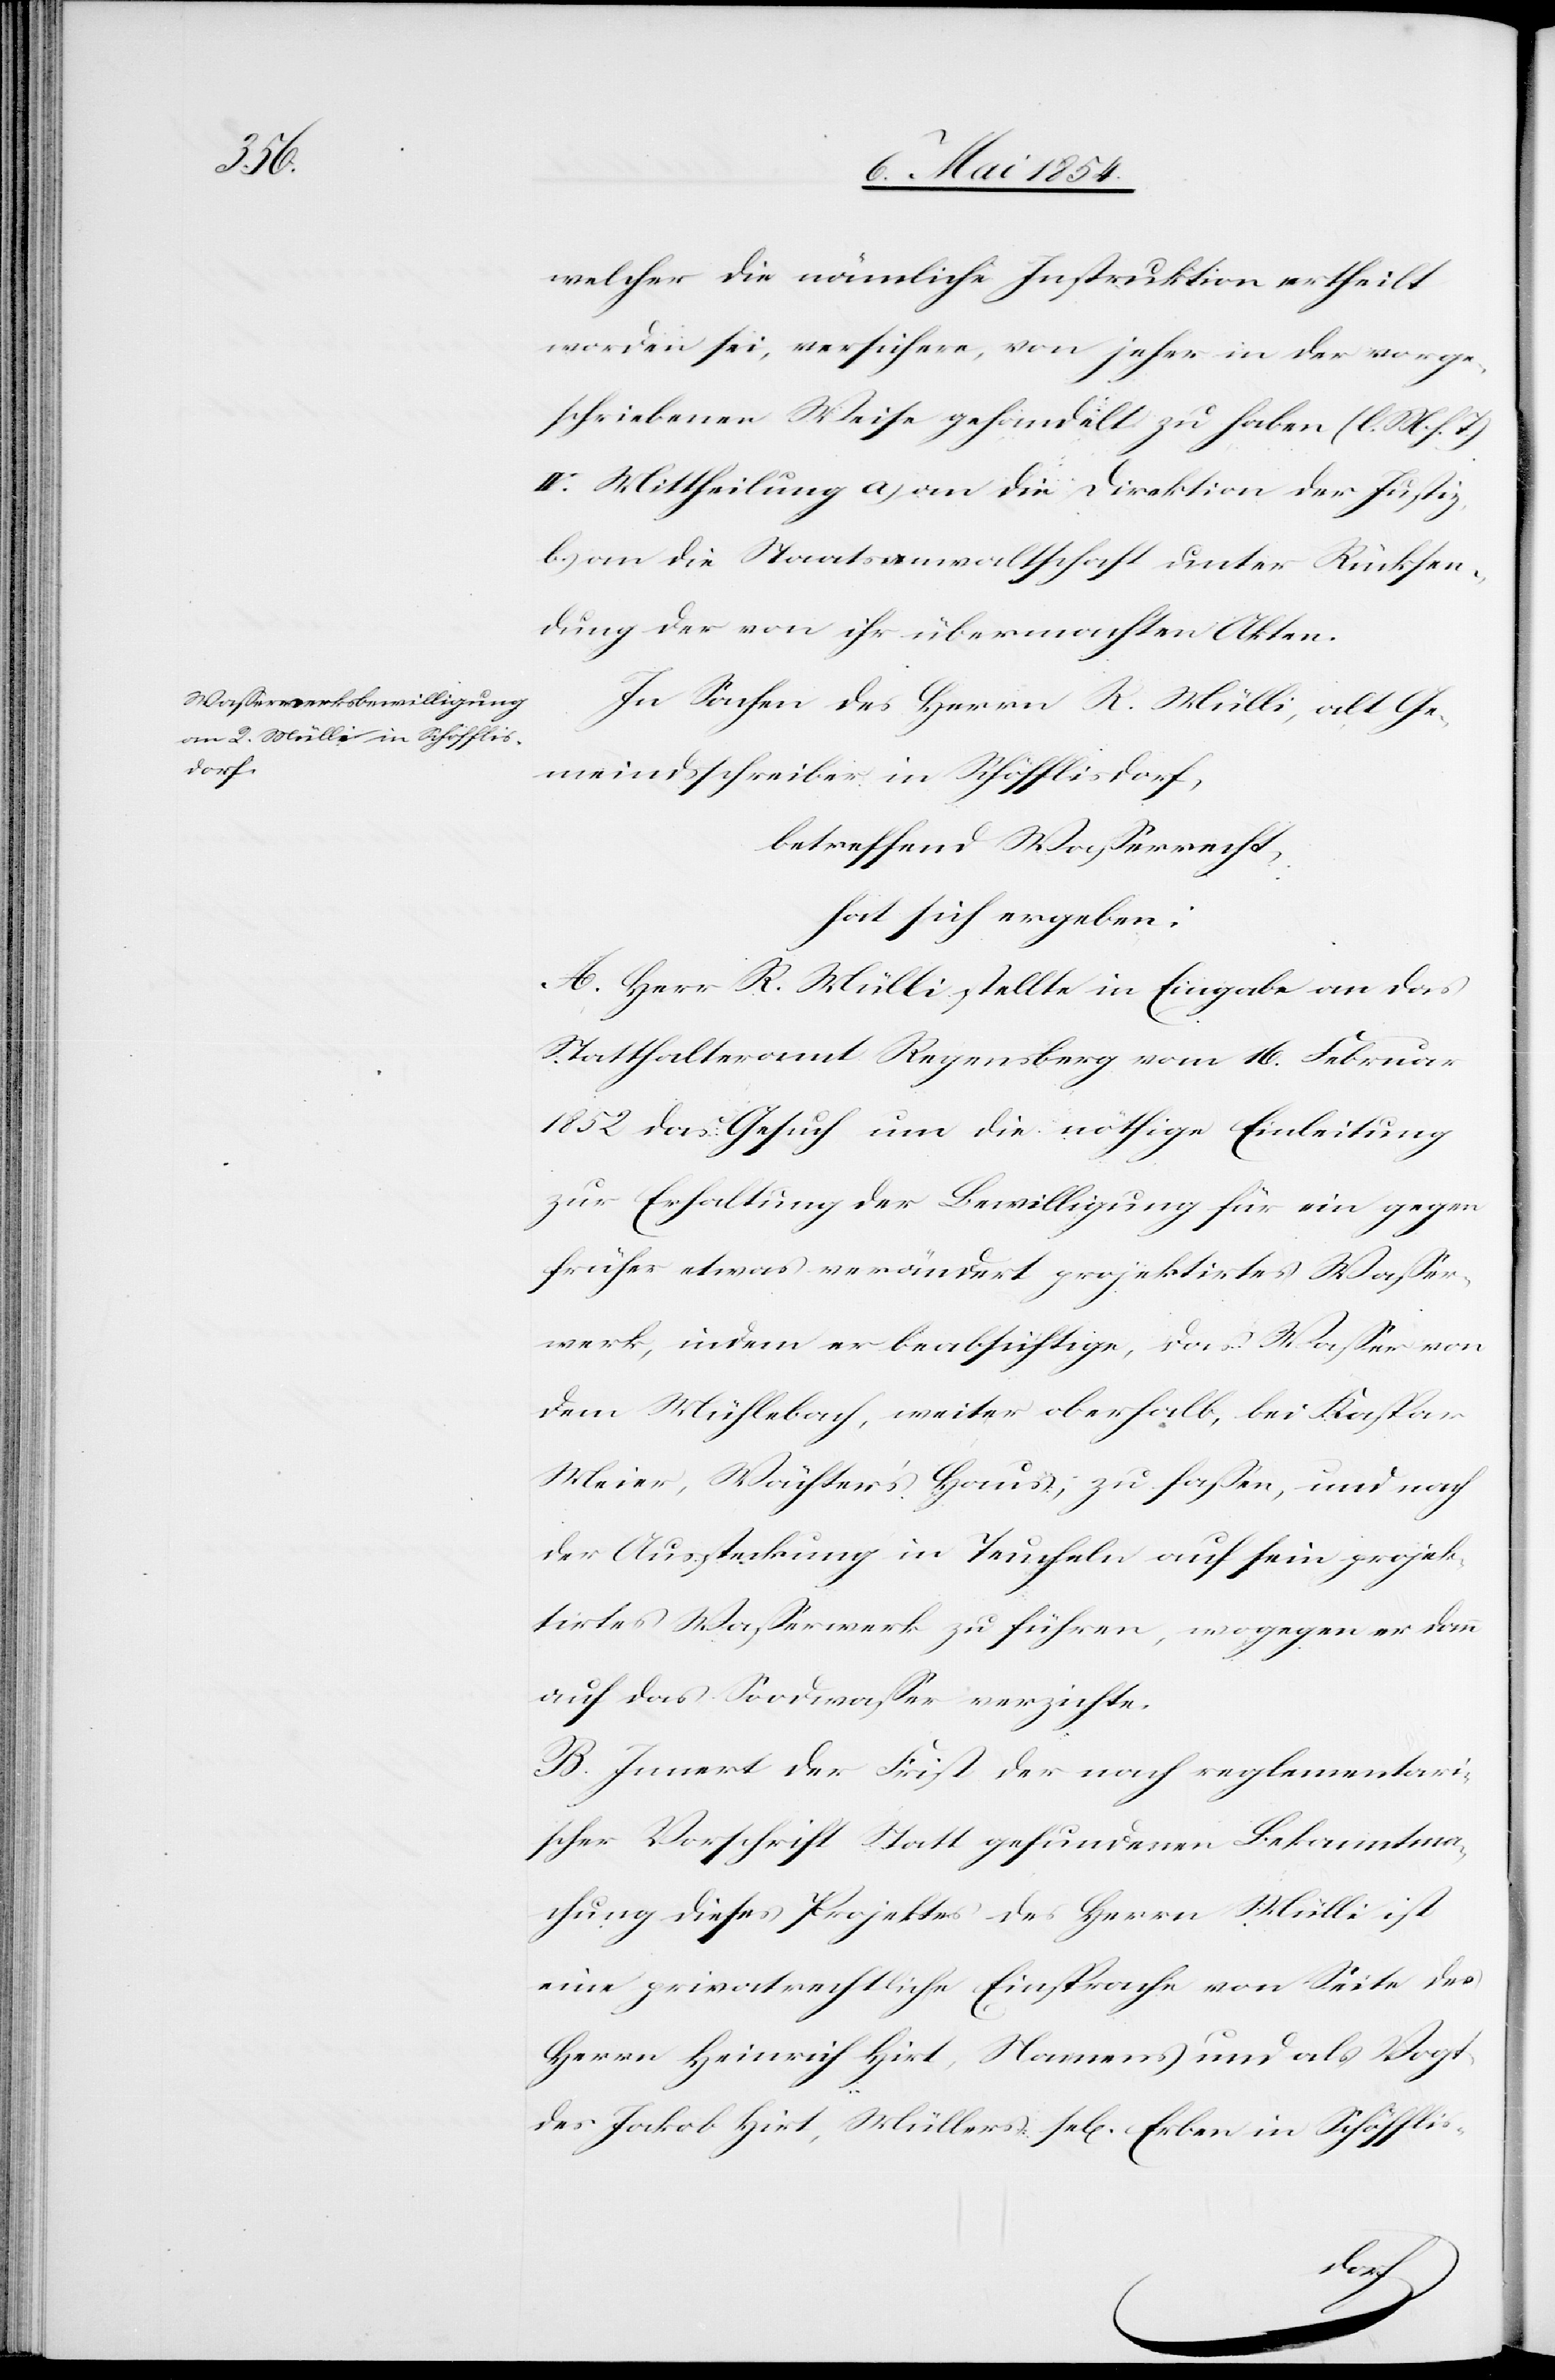
welcher die nämliche Instruktion ertheilt
worden sei, versichere, von jeher in der vorge¬
schriebenen Weise gehandelt zu haben (l. M. h. T.)
IV. Mittheilung a.) an die Direktion der Justiz,
b.) an die Staatsanwaltschaft unter Rücksen¬
dung der von ihr übermachten Akten.
In Sachen des Herrn R. Mülli, alt Ge¬
meindsschreiber in Schöfflisdorf,
betreffend Waßerrecht,
hat sich ergeben:
A. Herr R. Mülli stellt in Eingabe an das
Statthalteramt Regensberg vom 16. Februar
1852 das Gesuch um die nöthige Einleitung
zur Erhaltung der Bewilligung für ein gegen
früher etwas verändert projektirtes Waßer¬
werk, indem er beabsichtige, das Waßer von
dem Mühlebach, weiter oberhalb, bei Kaspar
Meier, Wächter’s Haus, zu faßen, und nach
der Aussteckung in Teucheln auf sein projek¬
tirtes Waßerwerk zu führen, wogegen er dann
auf das Soodwaßer verzichte.
B. Innert der Frist der nach reglementari¬
scher Vorschrift Statt gefundenen Bekanntma¬
chung dieses Projektes des Herrn Mülli ist
eine privatrechtliche Einsprache von Seite des
Herrn Heinrich Hirt, Namens und als Vogt
des Jakob Hirt, Müllers sel. Erben in Schöffli¬
s-